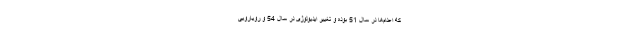
که اعدام‌ها در سال 51 بوده و تغییر ایدیولوژی در سال 54 و رویارویی